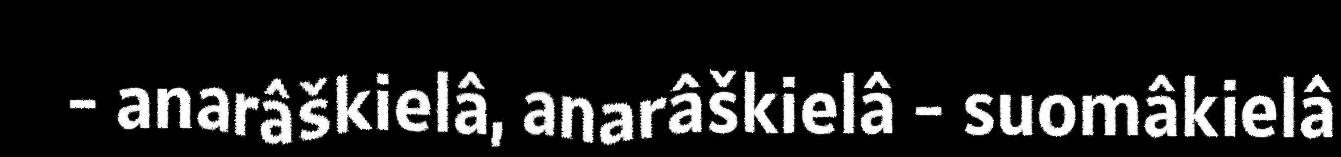
- anarâškielâ, anarâškielâ - suomâkielâ